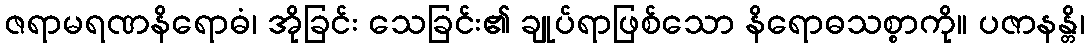
ဇရာမရဏနိရောဓံ၊ အိုခြင်း သေခြင်း၏ ချုပ်ရာဖြစ်သော နိရောဓသစ္စာကို။ ပဇာနန္တိ၊